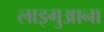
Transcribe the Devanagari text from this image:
लाइगुआना